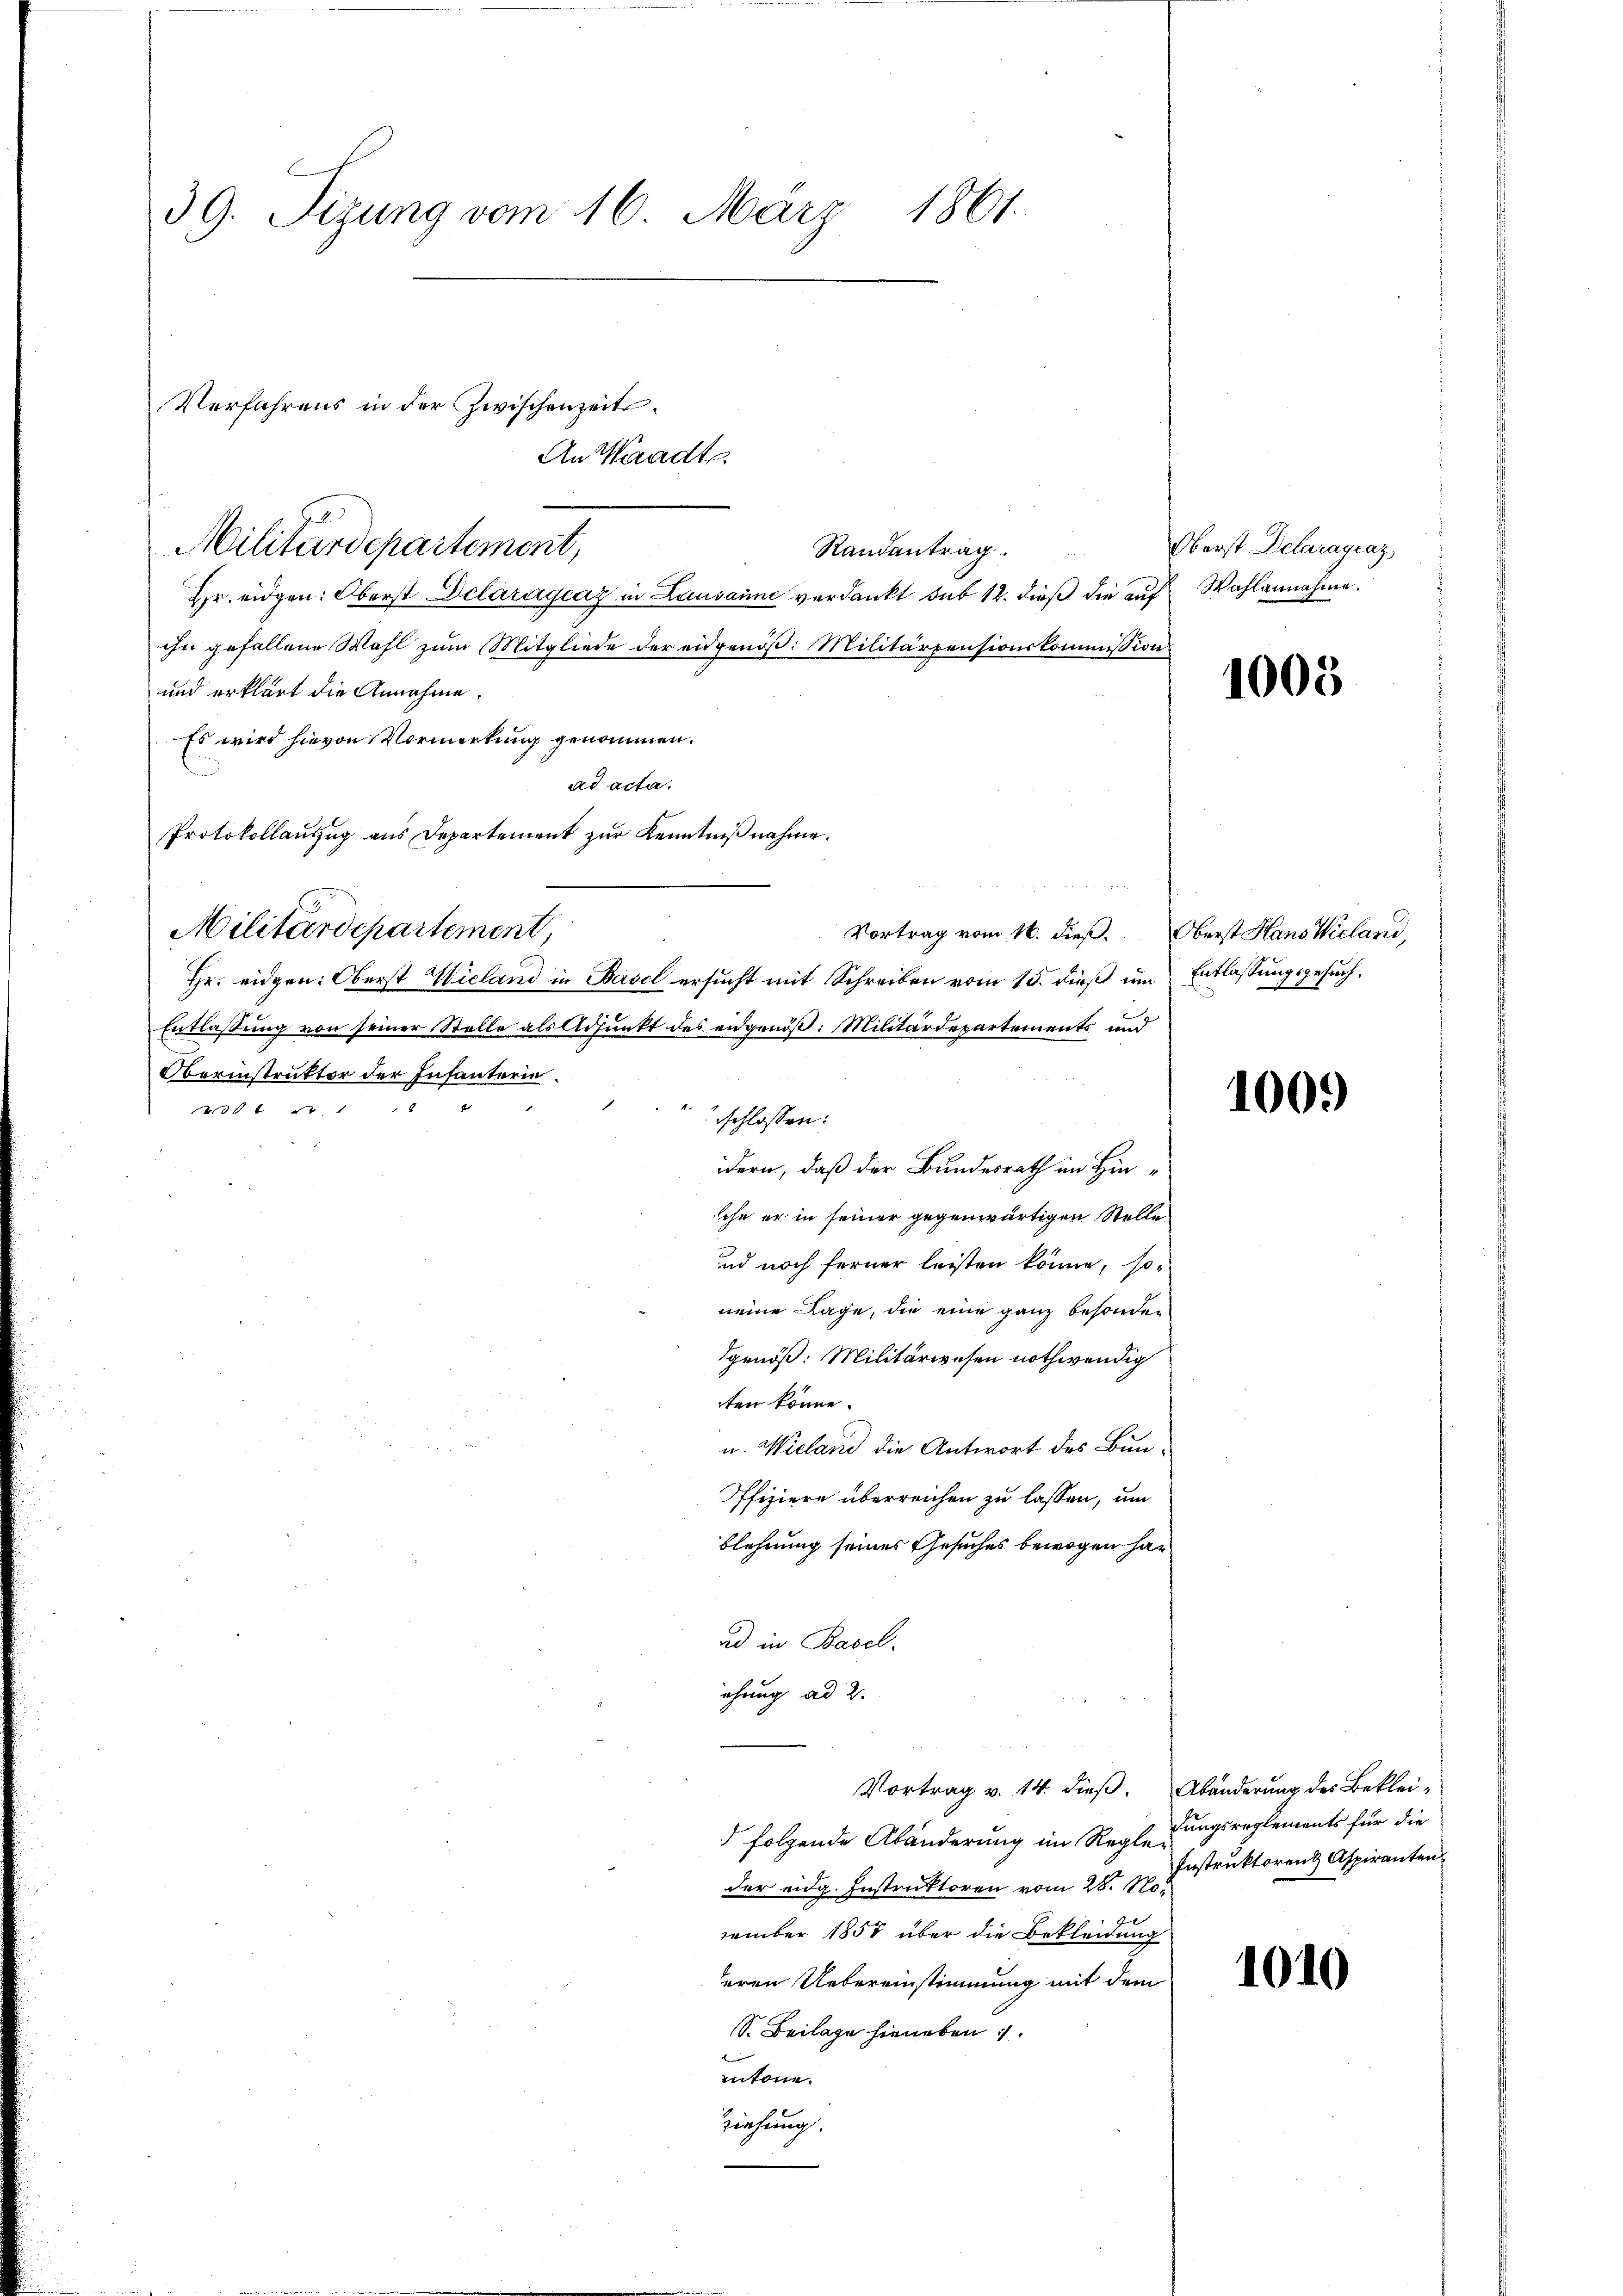
39. Sizung vom 16. März 1861.

Militärdepartement,

Verfahrens in der Zwischenzeits¬
An Waadt.

Randantrag.
Hr. eidgen: Oberst Delarágeaz in Lausanne verdankt sub 12. dieß die auf Wahlannahme.
ihn gefallene Wahl zum Mitgliede der eidgenöß: Militärpensionskommission
und erklärt die Annahme.
Es wird hievon Vormerkung genommen.
ad acta.
Protokollauszug aus Departement zur Kenntnißnahme.

Vortrag vom 16. dieß. Oberst Hans Wieland,
Hr. eidgen: Oberst Wieland in Basel ersucht mit Schreiben vom 15. dieß um Entlassungsgesuch¬
Entlassung von seiner Stelle als Adjunkt des eidgenöß: Militärdepartements und
Oerinstruktor der Infanterie¬
.
4f 1 Fr. 1
schlossen:
idern, daß der Bundesrath im Hinsche er in seiner gegenwärtigen Stelle
ud noch ferner leisten könne, so
neine Lage, die eine ganz besonder
dgenöß: Militärwesen nothwendig
ten könne.
u. Wieland die Antwort des Bun¬
Offiziere überreichen zu lassen, um
blehnung seines Gesuches bewogen ha
ad in Basel.
ehung ad 2.

Militärdepartement,

Vortrag v. 14. dieß. Abänderung des Beklei¬

Oberst Delaragraz,

folgende Abänderung im Regleder eidg. Instruktoren vom 28. No¬
J
vember 1857 über die Bekleidung
eren Uebereinstimmung mit dem
S. Beilage hieneben.
entöne.
ziehung.

1003

1009

dungsreglements für die
Instruktorenz Aspiranten

1010